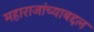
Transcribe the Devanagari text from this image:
महाराजांच्याबद्दल